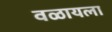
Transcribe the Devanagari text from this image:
वळायला